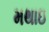
મથાઇ